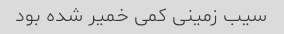
سیب زمینی کمی خمیر شده بود